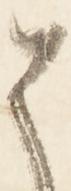
そ